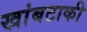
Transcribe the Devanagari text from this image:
खांबटाकी